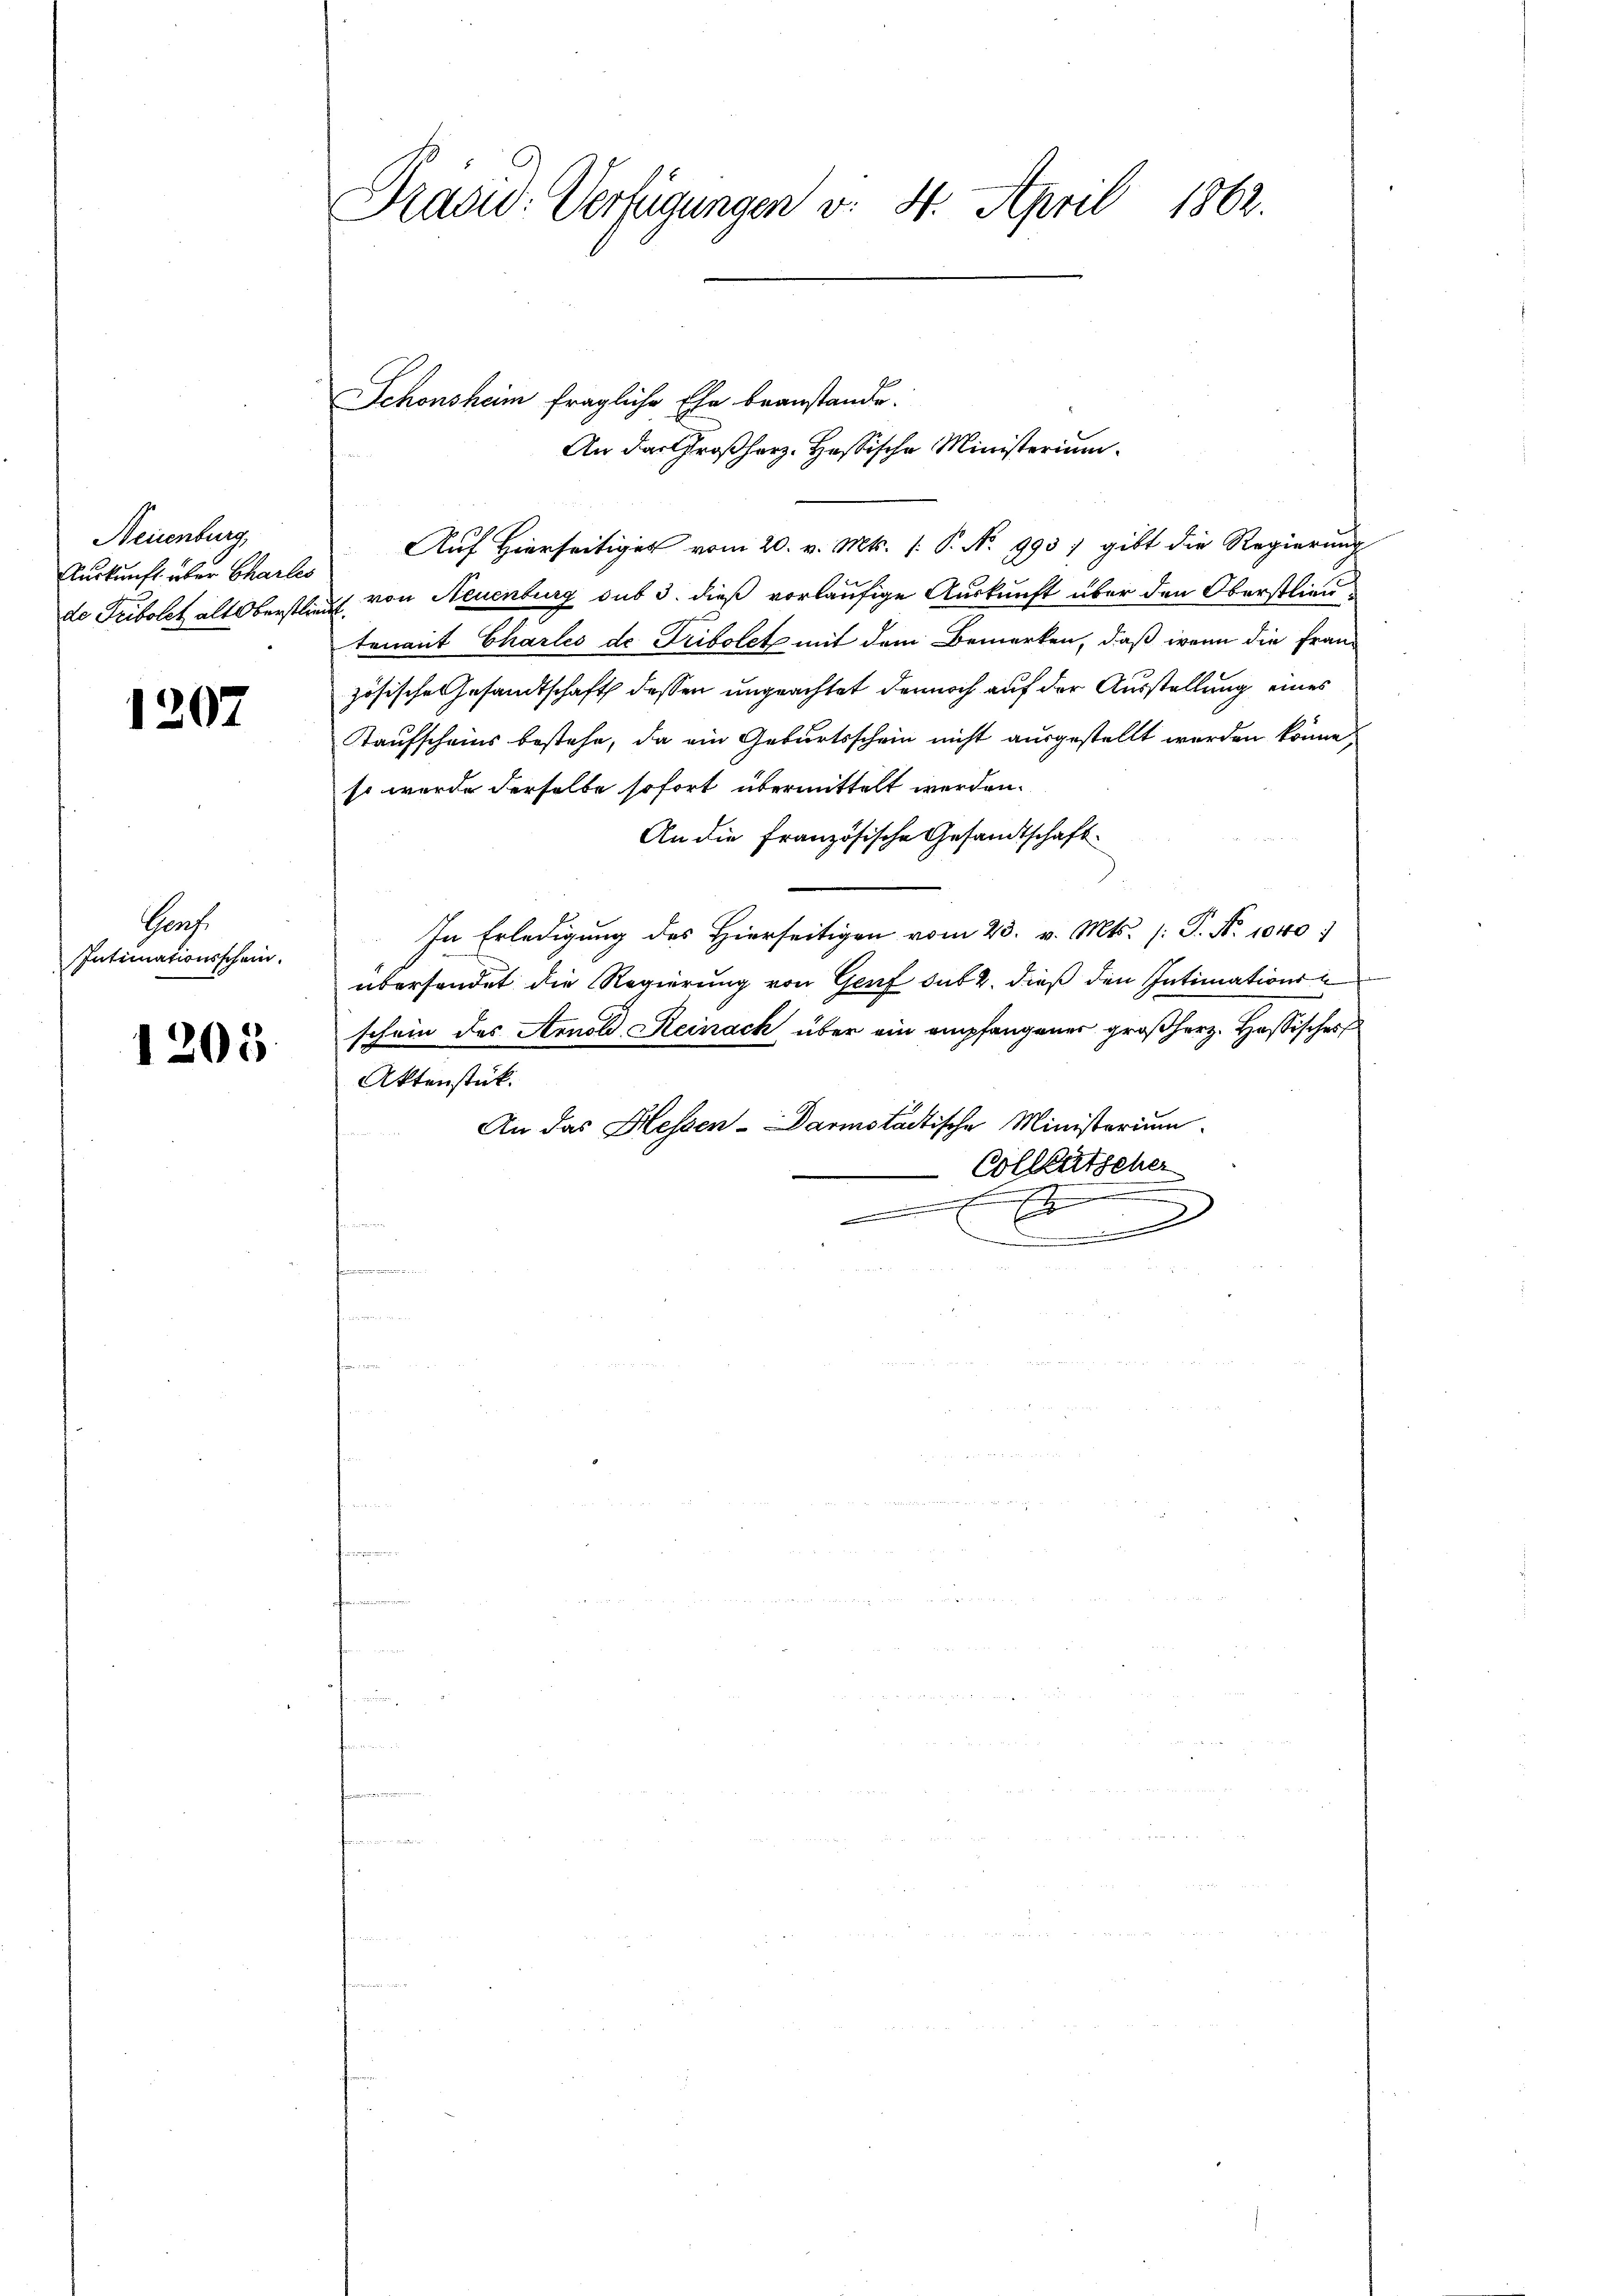
Neuenburg,
Auskunft über Charles

1207

Prof.
Intimationsschein.

1205

Pras: Verfügungen v. 4. April 1862.

Schönsheim fragliche Ehe beanstande.
An das Großherz. Hassische Ministerium.
Auf Hierseitiges vom 20. v. Mts. P. Nr. 993) gibt die Regierung
de Fribolet als Oberstliegt von Neuenburg sub 3. dieß vorläufige Auskunft über den Oberstlieutenant Chartes de Tribolet mit dem Bemerken, daß wenn die Französische Gesandtschaft dessen ungeachtet dennoch auf der Ausstellung eines
Kaufscheins bestehe, da ein Geburtsschein nicht ausgestellt werden könne,
so wurde derselbe sofort übermittelt werden.
An die Französische Gesandtschaft
In Erledigung des Hierseitigen vom 23. v. Mts. (: P. Nr. 1040
übersendet die Regierung von Genf sub 2. dieß den Intimationsschein des Arnold Reinach über ein empfangener großherz. Hassischer
Aktenstück.
An das Hessen-Darmstadtische Ministerium
Collentscher
.
e
.
x